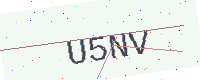
Text: U5NV